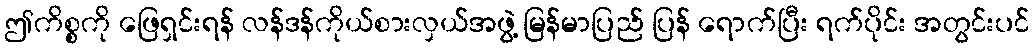
ဤကိစ္စကို ဖြေရှင်းရန် လန်ဒန်ကိုယ်စားလှယ်အဖွဲ့ မြန်မာပြည် ပြန် ရောက်ပြီး ရက်ပိုင်း အတွင်းပင်